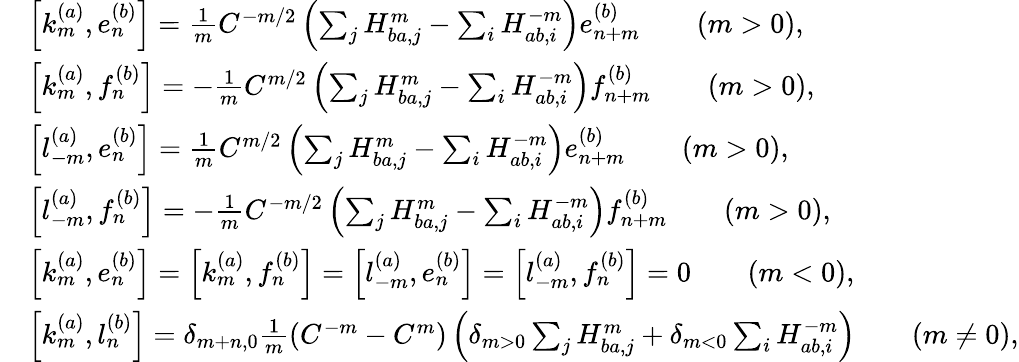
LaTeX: \begin{array}{rl}&{\left[k_{m}^{(a)},e_{n}^{(b)}\right]=\frac{1}{m}C^{-m/2}\left(\sum_{j}H_{ba,j}^{m}-\sum_{i}H_{ab,i}^{-m}\right)e_{n+m}^{(b)}\qquad(m>0),}\\ &{\left[k_{m}^{(a)},f_{n}^{(b)}\right]=-\frac{1}{m}C^{m/2}\left(\sum_{j}H_{ba,j}^{m}-\sum_{i}H_{ab,i}^{-m}\right)f_{n+m}^{(b)}\qquad(m>0),}\\ &{\left[l_{-m}^{(a)},e_{n}^{(b)}\right]=\frac{1}{m}C^{m/2}\left(\sum_{j}H_{ba,j}^{m}-\sum_{i}H_{ab,i}^{-m}\right)e_{n+m}^{(b)}\qquad(m>0),}\\ &{\left[l_{-m}^{(a)},f_{n}^{(b)}\right]=-\frac{1}{m}C^{-m/2}\left(\sum_{j}H_{ba,j}^{m}-\sum_{i}H_{ab,i}^{-m}\right)f_{n+m}^{(b)}\qquad(m>0),}\\ &{\left[k_{m}^{(a)},e_{n}^{(b)}\right]=\left[k_{m}^{(a)},f_{n}^{(b)}\right]=\left[l_{-m}^{(a)},e_{n}^{(b)}\right]=\left[l_{-m}^{(a)},f_{n}^{(b)}\right]=0\qquad(m<0),}\\ &{\left[k_{m}^{(a)},l_{n}^{(b)}\right]=\delta_{m+n,0}\frac{1}{m}\left(C^{-m}-C^{m}\right)\left(\delta_{m>0}\sum_{j}H_{ba,j}^{m}+\delta_{m<0}\sum_{i}H_{ab,i}^{-m}\right)\qquad(m\neq 0),}\end{array}